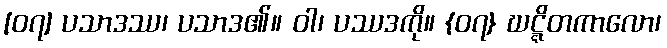
[၀၇] ပသာဒဿ၊ ပသာဒ၏။ ဝါ၊ ပဿဒကို။ {၀၇} ဃဋ္ဋိတကာလော၊